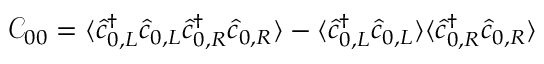
\mathcal { C } _ { 0 0 } = \langle \hat { c } _ { 0 , L } ^ { \dagger } \hat { c } _ { 0 , L } \hat { c } _ { 0 , R } ^ { \dagger } \hat { c } _ { 0 , R } \rangle - \langle \hat { c } _ { 0 , L } ^ { \dagger } \hat { c } _ { 0 , L } \rangle \langle \hat { c } _ { 0 , R } ^ { \dagger } \hat { c } _ { 0 , R } \rangle